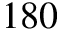
1 8 0